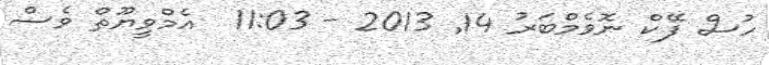
ހުސް ފޭކް ނޮވެމްބަރު 14